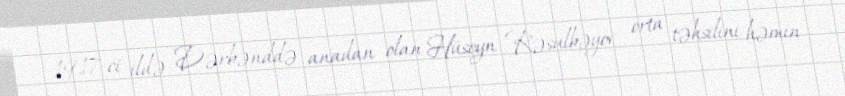
1917-ci ildə Dərbənddə anadan olan Hüseyn Rəsulbəyov orta təhsilini həmin